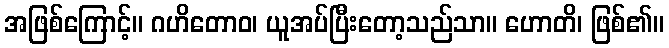
အဖြစ်ကြောင့်။ ဂဟိတောဝ၊ ယူအပ်ပြီးတော့သည်သာ။ ဟောတိ၊ ဖြစ်၏။